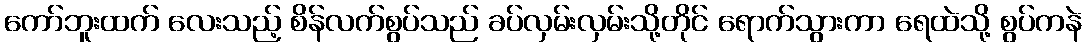
ကော်ဘူးထက် လေးသည့် စိန်လက်စွပ်သည် ခပ်လှမ်းလှမ်းသို့တိုင် ရောက်သွားကာ ရေထဲသို့ စွပ်ကနဲ